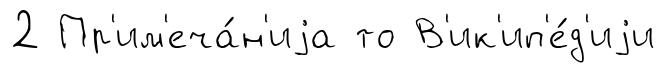
2 Пр'им'еча́н'иjа то В'ик'ип'е́д'иjи